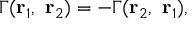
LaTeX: \Gamma ( { \bf r } _ { 1 } , ~ { \bf r } _ { 2 } ) = - \Gamma ( { \bf r } _ { 2 } , ~ { \bf r } _ { 1 } ) ,